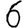
Digit: 6